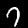
Label: 7